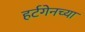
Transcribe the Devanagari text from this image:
हर्टगेनच्या